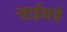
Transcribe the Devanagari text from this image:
ऱ्हाईनचे